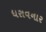
ધરાવનાર